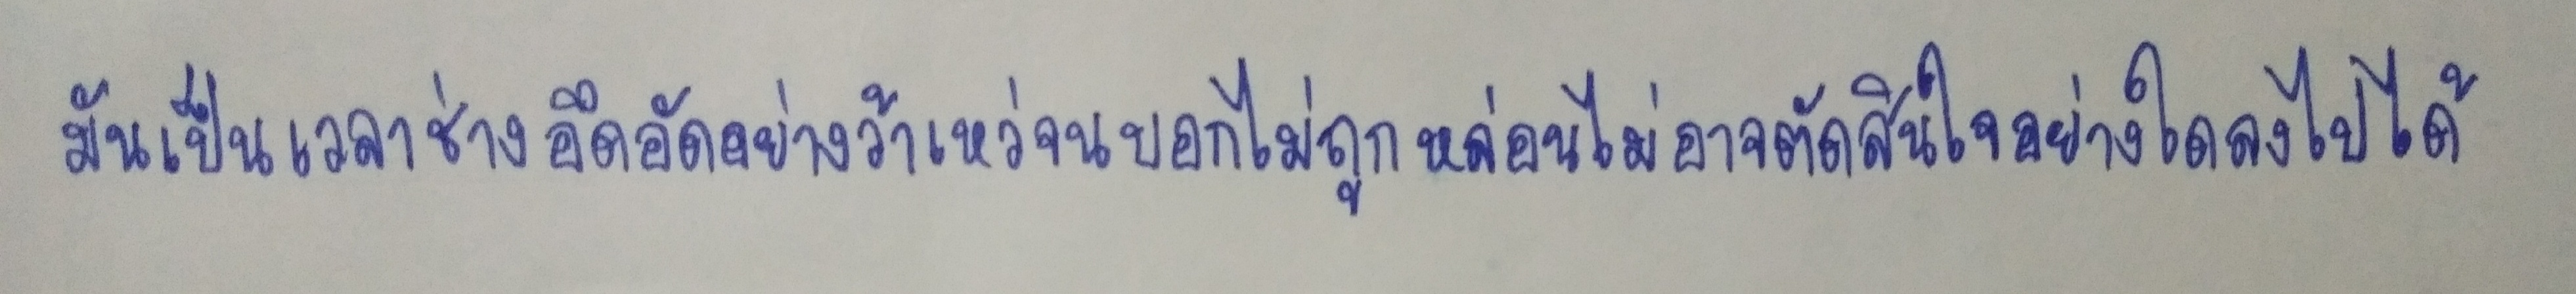
มันเป็นเวลาช่างอึดอัดอย่างว้าเหว่จนบอกไม่ถูกหล่อนไม่อาจตัดสินใจอย่างใดลงไปได้